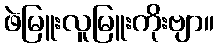
ဖဲမြူးလူမြူးကိုးဗျာ။